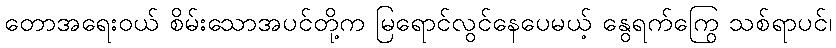
တောအရေးဝယ် စိမ်းသောအပင်တို့က မြရောင်လွင်နေပေမယ့် နွေရက်ကြွေ သစ်ရာပင်၊